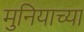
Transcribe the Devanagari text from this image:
मुनियाच्या